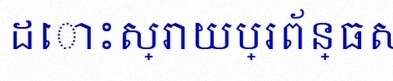
ដោះស្រាយប្រព័ន្ធសមីការ